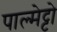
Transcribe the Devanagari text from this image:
पाल्मेट्टो